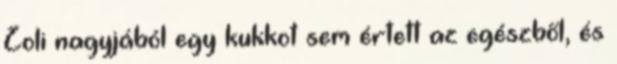
Zoli nagyjából egy kukkot sem értett az egészből, és